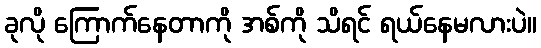
ခုလို ကြောက်နေတာကို အစ်ကို သိရင် ရယ်နေမလားပဲ။